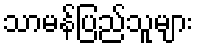
သာမန်ပြည်သူများ